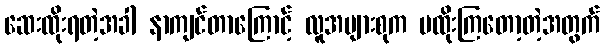
ဆေးထိုးရတဲ့အခါ နာကျင်တာကြောင့် လူအများစုက မထိုးကြတော့တဲ့အတွက်